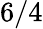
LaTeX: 6/4